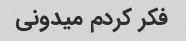
فکر کردم میدونی